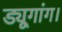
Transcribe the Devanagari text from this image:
ड्यूगांग।